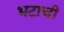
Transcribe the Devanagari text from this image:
भटाची